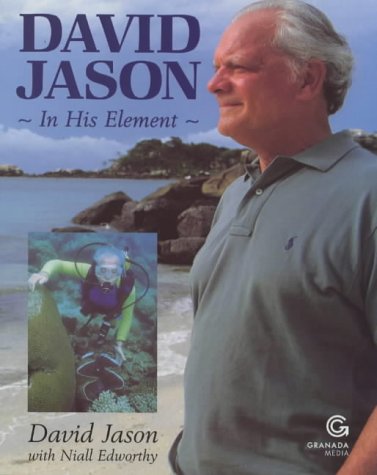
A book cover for David Jason: In His Element; David Jason; Travel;